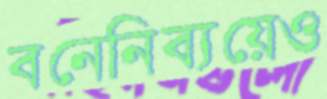
বনেনিব্যয়েও